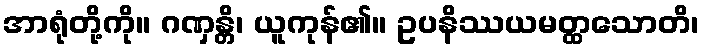
အာရုံတို့ကို။ ဂဏှန္တိ၊ ယူကုန်၏။ ဥပနိဿယမတ္ထသောတိ၊